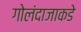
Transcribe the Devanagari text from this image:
गोलंदाजाकडे